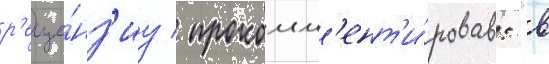
р'еце́нз'иу / прокомм'ент'и́ровав: "в